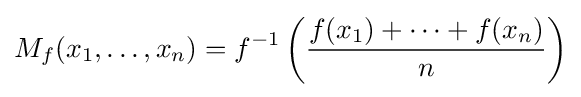
M_{f}(x_{1},\dots ,x_{n})=f^{-1}\left({\frac {f(x_{1})+\cdots +f(x_{n})}{n}}\right)